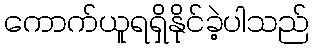
ကောက်ယူရရှိနိုင်ခဲ့ပါသည်